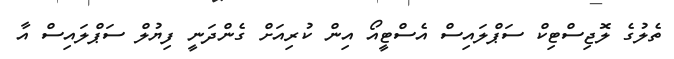
ތެލުގެ ލޮޖިސްޓިކް ސަޕްލައިސް އެސްޓީއޯ އިން ކުރިއަށް ގެންދަނީ ފިޔުލް ސަޕްލައިސް އާ